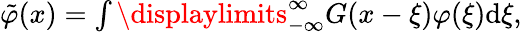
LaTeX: \begin{array}{r}{\tilde{\varphi}(x)=\int\displaylimits_{-\infty}^{\infty}G(x-\xi)\varphi(\xi)\mathrm{d}\xi,}\end{array}